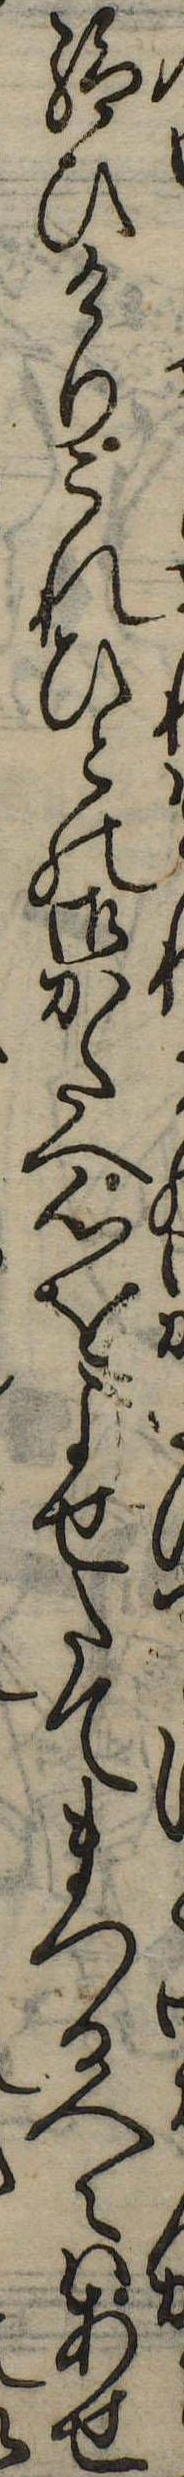
給ひけりこれひとの御かたへ心をよせたてまつる人々はあせ